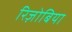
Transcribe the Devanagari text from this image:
रिज़ोबिया